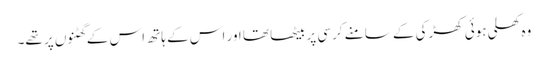
وہ کھلی ہوئی کھڑکی کے سامنے کرسی پر بیٹھا تھا اور اس کے ہاتھ اس کے گھٹنوں پر تھے۔